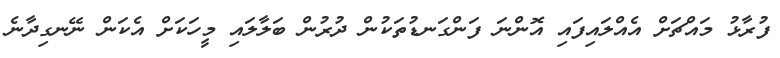
ފުރާޅު މައްޗަށް އެއްލައިފައި އޮންނަ ފަންގަނޑުތަކުން ދުރުން ބަލާލައި މީހަކަށް އެކަން ނޭނގިދާނެ